Lunatic asylums Bombay report 1891-1903 - 1891-1903
Year: 1891
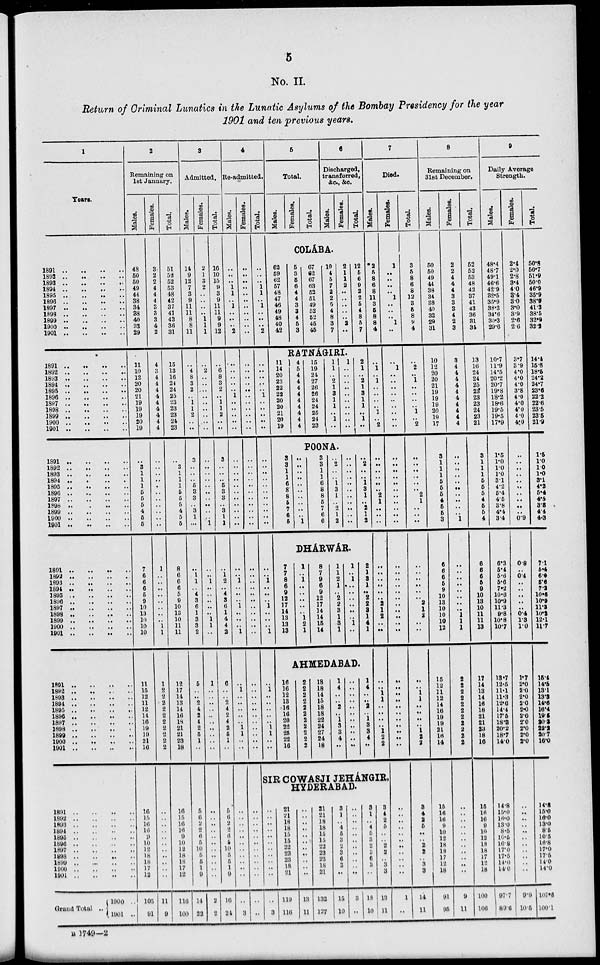
5
No. II.
Return of Criminal Lunatics in the Lunatic Asylums of the Bombay Presidency for the year
1901 and ten previous years.
1
Years.
1891 .. .. .. ..
1892 .. .. .. ..
1893 .. .. .. ..
1894 .. .. .. ..
1895
..
..
..
..
1896 .. .. .. ..
1897 .. .. .. ..
1898
..
..
..
..
1899 .. .. .. ..
1900 .. .. .. ..
1901 .. .. .. ..
1891 .. .. .. ..
1892 .. .. .. ..
1893 .. .. .. ..
1894 .. .. .. ..
1895 .. .. .. ..
1896
..
..
..
..
1897
..
..
..
..
1898 .. .. .. ..
1899 .. .. .. ..
1900 .. .. .. ..
1901 .. .. .. ..
1891
..
..
..
..
1892 .. .. .. ..
1893 .. .. .. ..
1894 .. .. .. ..
1895
..
..
..
..
1896
..
..
..
..
1897..
..
..
..
1998..
..
..
..
1899..
..
..
..
1900..
..
..
..
1901.. .. .. ..
1891..
..
..
..
1892
..
..
..
..
1893..
..
..
..
1894..
..
..
..
1895.. .. .. ..
1896
..
..
..
..
1897..
..
..
..
1898..
..
..
..
1899.. .. .. ..
1900.. .. .. ..
1901.. .. .. ..
1891.. .. .. ..
1892..
..
..
..
1893.. .. .. ..
1894..
..
..
..
1895..
..
..
..
1896.. .. .. ..
1897..
..
..
..
1898..
..
..
..
1899.. .. .. ..
1900..
..
..
..
1901..
..
..
..
1891
..
..
..
..
1892
..
..
..
..
1893..
..
..
..
1894 .. .. .. ..
1895..
..
..
..
1896..
..
..
..
1897..
..
..
..
1898..
..
..
..
1890..
..
..
..
1900..
..
..
..
1901
..
..
..
..
Grand Total ..
1900 ..
1901 ..
2
Remaining on
1st January.
Males.
48
50
50
49
44
38
34
38
40
32
29
11
10
12
20
20
21
19
19
19
20
19
..
3
1
1
1
5
5
5
4
5
5
7
6
6
6
5
9
10
13
10
10
10
11
15
12
11
12
14
16
19
19
21
16
16
15
16
16
9
10
12
18
18
17
12
105
91
Females.
3
2
2
4
4
4
3
3
3
4
2
4
3
4
4
4
4
4
4
4
4
4
..
..
..
..
..
.. ..
..
..
..
..
1
..
..
..
..
..
..
..
1 1
1
1
2
2
2
2
2
2
2
2
2
2
..
..
..
..
..
..
.. ..
..
..
..
11
9
Total.
51
52
52
53
48
42
37
41
43
36
31
15
13
16
24
24
25
23
23
23
24
23
..
3
1
1
1
5
5
5
4
5
5
8
6
6
6
5
9
10
13
10
11
11
12
17
14
13
14
16
18
21
21
23
18
16
15
16
16
9
10
12
18
18
17
12
116
100
3
Admitted.
Males.
14
9
12
7
3
9
11
11
8
8
11
..
4
8
3
2
..
1
1
2
..
..
3
..
..
..
5
3
3
..
3
1
..
..
1
1
..
4
3
6
1
3
3
2
5
..
..
2
4
2
4
2
5 1
..
5
6
2
2
6
5
10
5
5
1
9
14
22
Females.
2
1
3
2
..
..
..
..
1
1
1
..
2
..
..
..
..
..
..
..
..
..
..
..
..
..
..
..
..
..
..
..
1
..
..
1
..
..
..
..
..
1
1
..
1
..
..
..
..
..
.. ..
..
..
..
..
..
..
..
..
..
.. ..
..
..
..
2
2
Total.
16
10
15
9
3
9
11
11
9
9
12
..
6
8
3
2
..
1
1
2
..
..
3
..
..
..
5
3
3
..
3
1
1
..
1
2
..
4
3
6
1
4
4
2
6
..
..
2
4
2
4
2
5
1
..
5
6
2
2
6
5
10
5
5
1
9
16
24
4
Re-admitted.
Males.
..
..
..
1
1
..
1
..
..
..
2
..
..
..
..
..
1
..
..
..
..
..
..
..
..
..
..
..
..
..
..
..
..
..
..
1
..
..
..
1
..
..
..
1
..
1
..
..
..
..
..
1
1
..
..
..
..
..
..
..
..
..
..
..
..
..
..
3
Females.
..
..
..
..
..
..
..
..
..
..
..
..
..
..
..
..
..
..
..
..
..
..
..
..
..
..
..
..
..
..
..
..
..
..
..
..
..
..
.. ..
..
..
..
..
..
..
..
..
..
..
..
..
..
..
..
..
..
..
..
..
..
..
..
..
..
..
..
..
Total.
..
..
..
1
1
..
1
..
..
..
2
..
..
..
..
..
1
..
..
..
..
..
..
..
..
..
..
..
..
..
..
..
..
..
..
1
..
..
..
1
..
..
..
1
..
..
1
..
..
..
..
..
1
1
..
..
5
Total.
Males. Females.
Total.
6
Discharged,
transferred,
&c.,&c.
Males. Females. Total.
COLÁBA.
62
59
62
57
48
47
46
49
48
40
42
5
3
5
6
4
4
3
3
4
5
3
67
62
67
63
52
51
49
52
52
45
45
10
4
5
7
2
2
5
4
8
3
7
2
1
1
2
..
..
..
..
..
2
..
12
5
6
9
2
2
5
4
8
5
7
RATNÁGIRI.
11 14
20
23
22
22
20
20
21
20
19
4
5
4
4
4
4
4
4
4
4
4
15
19
21
27
26
26
24
24
25
24
23
1
1
.. 2
1
3
1
1
..
1
..
POONA.
3
3
1
1
6
8
8
5
7
6
5
..
..
..
..
..
.. ..
..
..
..
1
3
3
1
1
6
8
8
5
7
6
6
..
2
..
..
1
3
1
..
2
1
2
1
..
.. ..
..
..
..
..
..
..
..
..
..
..
..
..
..
..
..
..
..
..
2
1
..
2
1
3
1
1
..
1
..
2
..
..
1
3
1
..
2
1
2
DHÁRWÁR.
7
7
8
6
9
12
17
14
13
13
13
1
..
1
..
..
..
..
..
1
2
1
8
7
9
6
9
12
17
14
14
15
14
1
1
2
1
..
2
2
3
1
3
1
1
..
1
...
..
..
..
..
..
1
..
2
1
3
1
..
2
2
3
1
4
1
AHMEDABAD
16
16
12
13
16
16
20
22
25
22
16
2
2
2
2
2
2
2
2
2
2
2
18
18
14
15
18
18
22 24
27
24
18
1
4
..
..
2
..
1
3
3
4
..
..
..
..
..
..
..
..
..
..
..
..
1
4
..
..
2
..
1
3
3
4
..
7
Died.
Males.
*2
5
8
6
8
11
3
6
8
8
4
..
1
..
1
..
..
..
..
1
..
2
..
..
..
..
..
2
1
..
.. ..
..
..
..
..
..
..
2
1
2
..
..
..
..
1
1
..
..
..
..
1
2
2
SIR COWASJI JEHÁNGIR,
HYDERABAD.
..
..
..
..
..
..
..
..
..
..
..
3
21
21
18
18
15
15
22
23
23
18
21
119
116
..
..
..
..
..
..
.. ..
..
..
..
13
11
21
21
18
18
15
15
22
23
23
18
21
132
127
3
1
..
4
5
3
2
3
6
3
..
15
10
..
..
..
..
..
..
..
..
..
..
..
3
..
3
1
..
4
5
3
2
3
6
3
..
18
10
3
4
2
5
..
..
2
2
..
3
3
13
11
Females.
1
..
..
..
..
1
..
..
..
1
..
..
1
..
..
..
..
.. ..
..
..
..
..
..
..
..
.. ..
..
..
.. ..
..
..
..
..
..
..
..
..
..
..
..
..
..
..
.. ..
..
..
..
..
..
..
..
..
..
..
..
..
..
..
..
..
..
1
..
Total.
3
5
8
6
8
12
3
6
8
9
4
..
2
..
1
..
..
.. ..
1
.. 2
..
..
..
..
..
2
1
..
.. ..
..
..
..
..
..
.. 2
1
2
..
..
..
..
1
1
.
..
.. ..
1
2
2
3
4
2
5
..
..
2
2
..
3
3
14
11
8
Remaining on
31st December.
Males.
50
50
49
44
38
34
38
40
32
29
31
10
12
20
20
21
19
19
19
20
19
17
3
1
1
1
5
5
5
4
5
5
3
6
6
6
6
9
10
13
10
10
10
12
15
12
11
12
14
16
19
19
21
16
14
15
16
16
9
10
12
18
18
17
12
18
91
95
Females.
2
2
4
4
4
3
3
3
4
2
3
3
4
4
4
4
4
4
4
4
4
4
..
..
..
..
..
..
..
..
..
..
1
..
..
..
..
..
..
..
..
1
1
1
2
2
2
2
2
2
2
2
2
2
2
..
..
..
..
..
..
..
..
..
..
..
9
11
Total.
52
52
53
48
42
37
41
43
36
31
34
13
16
24
24
25
23
23
23
24
23
21
3
1
1
1
5
5
5
4
5
5
4
6
6
6
6
9
10
13
10
11
11
13
17
14
13
14
16
18
21
21
23
18
16
15
16
16
9
10
12
18
18
17
12
18
100
106
9
Daily Average
Strength.
Males.
48.4
48.7
49.1
46.6
42.9
32.5
35.9
38.3
34.6
30.3
29.6
10.7
11.9
14.5
20.2
20.7
19.8
18.2
18.6
19.5
19.5
17.9
1.5
1.0
10
1.0
3.1
4.2
5.4
4.5
3.8
4.4
3.4
6.3
5.4
5.6
5.6
7.2
10.6
10.9
11.3
9.8
10.8
10.7
13.7
12.5
11.1
11.3
12.6
14.4
17.5
18.3
20.2
18.7
14.0
14.8
15.0
16.0
13.0
8.5
16.5
16.8
17.0
17.5
14.0
14.0
97.7
89.6
Females.
2.4
2.0
2.8
3.4
4.0
3.4
3.0
3.0
3.9
2.6
2.6
3.7
3.9
4.0
4.0
4.0
3.8
4.0
4.0
4.0
4.0
4.0
..
..
..
..
..
..
..
..
..
..
0.9
0.8
..
0.4
..
..
..
..
..
0.4
1.3
1.0
1.7
2.0
2.0
2.0
2.0
2.0
2.0
2.0
2.0
2.0
2.0
..
..
..
..
..
..
.. ..
..
..
..
9.9
10.5
Total.
50.8
50.7
51.9
50.0
46.9
35.9
38.3
41.3
38.5
32.9
32.2
14.4
168
18.5
24.2
24.7
23.6
22.2
22.6
23.5
23.5
21.9
1.5
10
10
1.0
3.1
4.2
5.4
4.5
3.8
4.4
4.3
7.1
5.4
6.9
5.6
7.2
10.6
10.9
11.3
10.2
12.1
11.7
15.4
14.6
13.1
13.3
14.6
16.4
19.5
20.3
22.2
20.7
16.0
14.8
15.0
16.0
13.0
8.5
10.5
16.8
17.0
17.5
14.0
14.0
107.6
100.1
B 1749—2